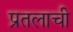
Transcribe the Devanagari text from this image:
प्रतलाची